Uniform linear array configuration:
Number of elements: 16
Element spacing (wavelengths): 0.25
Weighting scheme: exponential
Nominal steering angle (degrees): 15
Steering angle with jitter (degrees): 13.776
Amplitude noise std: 0.05
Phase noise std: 0.05

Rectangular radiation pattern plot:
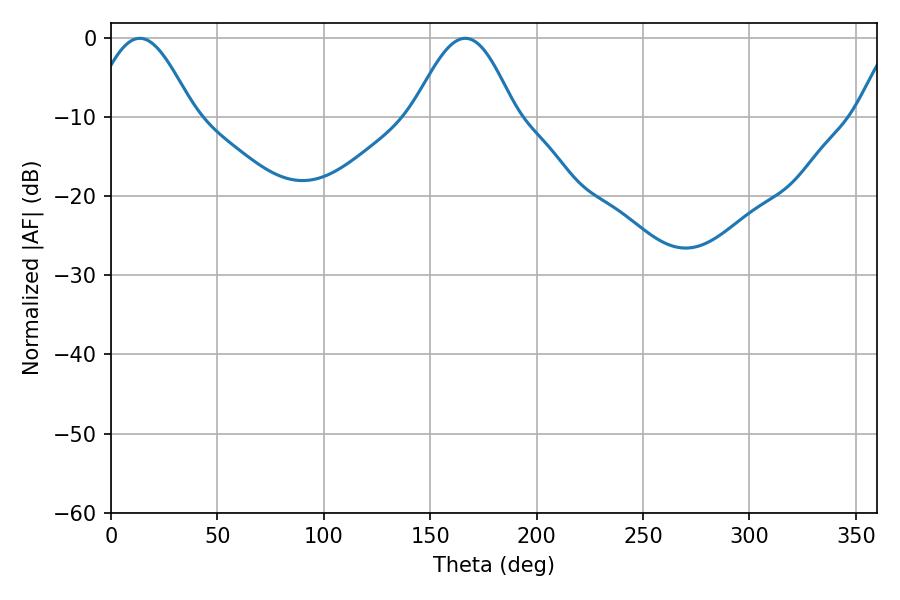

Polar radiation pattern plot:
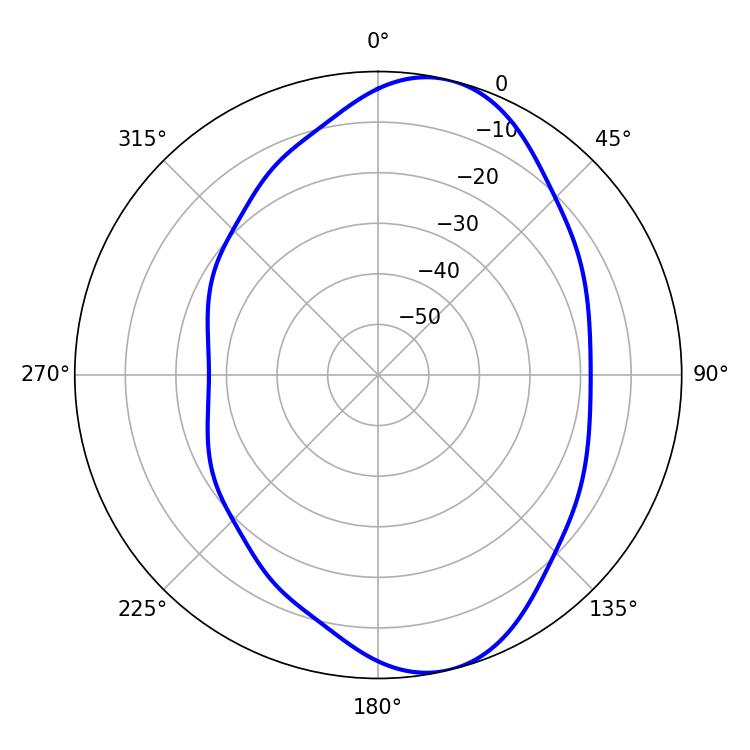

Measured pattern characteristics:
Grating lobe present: FALSE
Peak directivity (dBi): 8.771
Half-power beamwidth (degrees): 25.92
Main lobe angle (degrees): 13.5